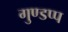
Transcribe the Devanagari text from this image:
गुण्डप्प